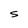
Character: S